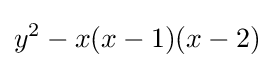
y^{2}-x(x-1)(x-2)